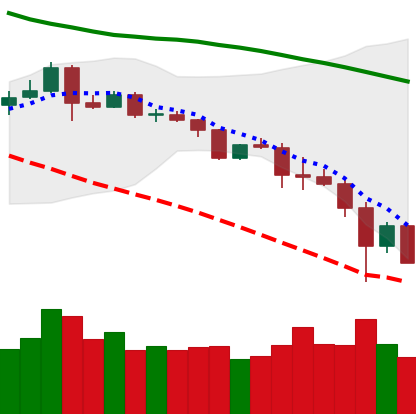
Ticker: ETC-USD
Chart end date: 2019-11-24
Forward return: 8.877%
Label: up_7plus